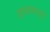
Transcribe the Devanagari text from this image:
वास्तव्यातून